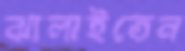
ঝালাইতেন